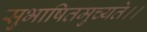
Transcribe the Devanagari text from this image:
सुभाषितमुच्यते।।